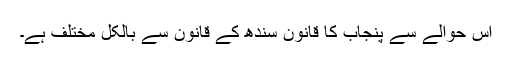
اس حوالے سے پنجاب کا قانون سندھ کے قانون سے بالکل مختلف ہے۔